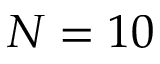
N = 1 0